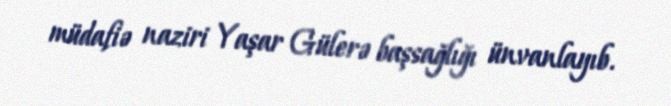
müdafiə naziri Yaşar Gülerə başsağlığı ünvanlayıb.